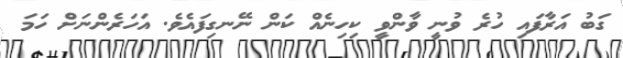
ގަބު އަރާފައި ހުރެ ވުނީ ވާންވީ ކިހިނެއް ކަން ނޭނގިފައެވެ. އަހަރެންނަށް ހަމަ